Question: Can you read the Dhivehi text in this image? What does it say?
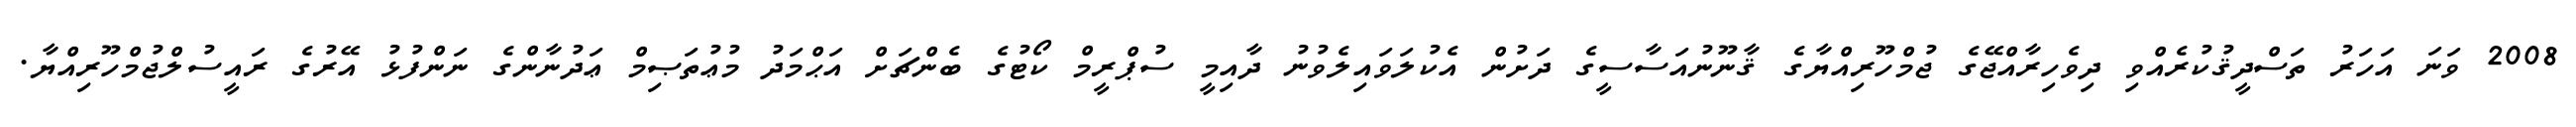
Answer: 2008 ވަނަ އަހަރު ތަސްދީޤުކުރެއްވި ދިވެހިރާއްޖޭގެ ޖުމްހޫރިއްޔާގެ ޤާނޫނުއަސާސީގެ ދަށުން އެކުލަވައިލެވުނު ދާއިމީ ސުޕްރީމް ކޯޓުގެ ބެންޗަށް އަޙްމަދު މުޢުތަޞިމް ޢަދުނާންގެ ނަންފުޅު އޭރުގެ ރައީސުލްޖުމްހޫރިއްޔާ.